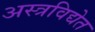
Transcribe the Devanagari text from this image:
अस्त्रविद्येत